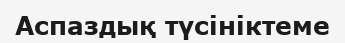
Аспаздық түсініктеме